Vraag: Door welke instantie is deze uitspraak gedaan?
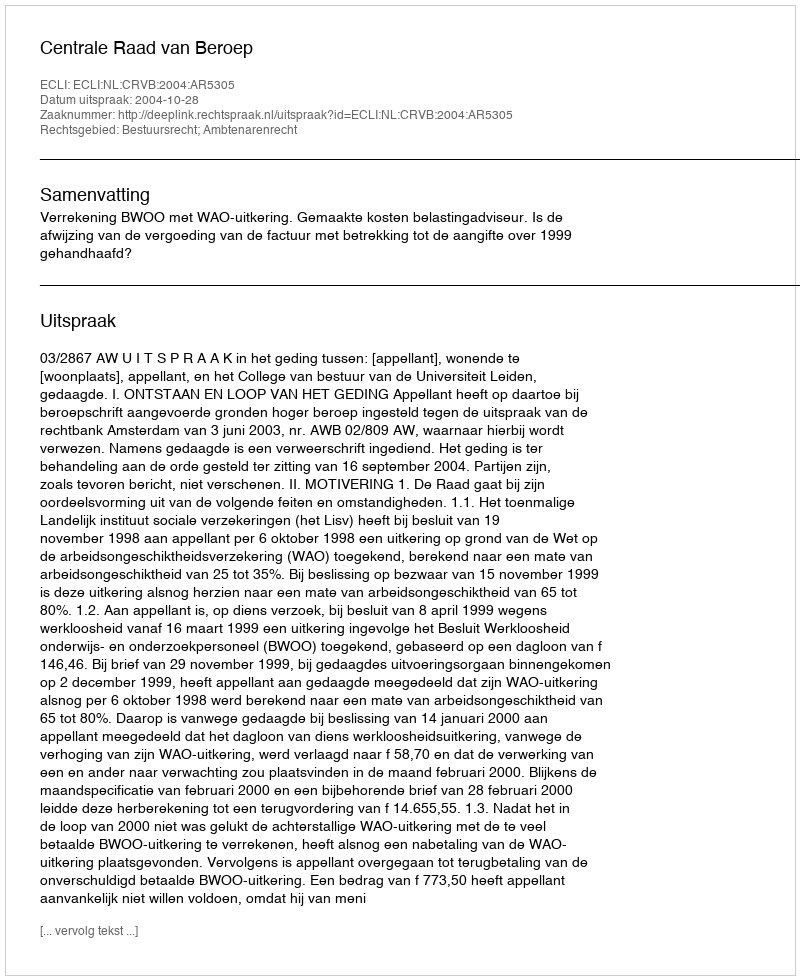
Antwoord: Centrale Raad van Beroep